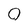
Character: 0